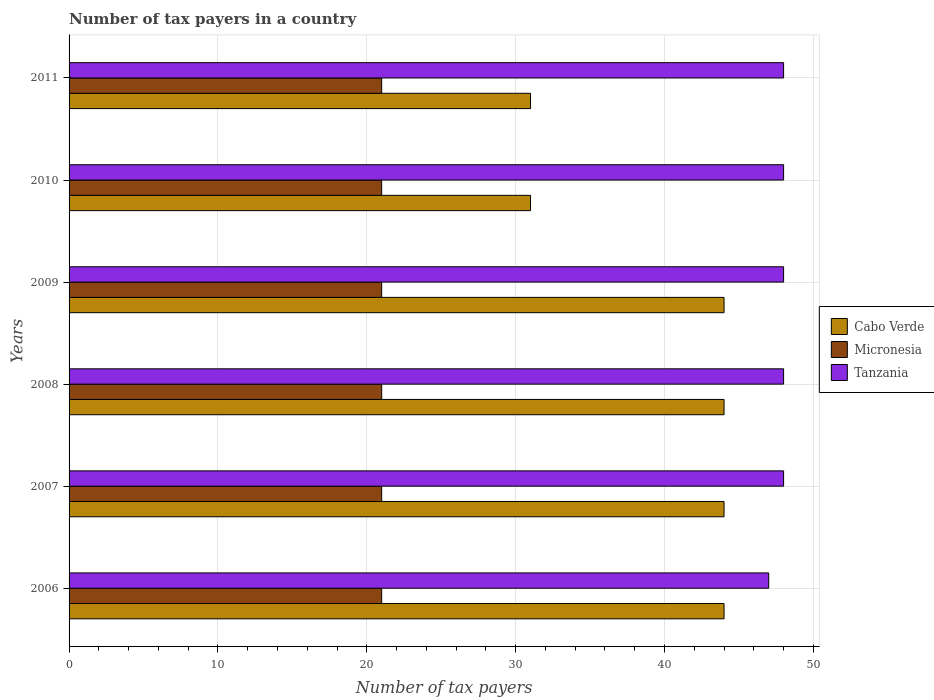
| Years | Cabo Verde | Micronesia | Tanzania |
 | --- | --- | --- | --- |
 | 2006 | 44 | 21 | 47 |
 | 2007 | 44 | 21 | 48 |
 | 2008 | 44 | 21 | 48 |
 | 2009 | 44 | 21 | 48 |
 | 2010 | 31 | 21 | 48 |
 | 2011 | 31 | 21 | 48 |